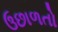
ઉછાળતો